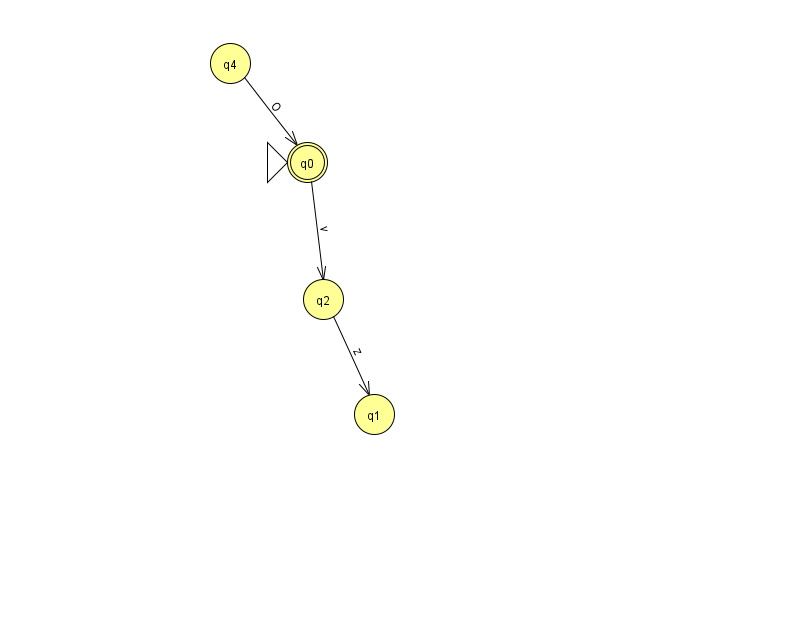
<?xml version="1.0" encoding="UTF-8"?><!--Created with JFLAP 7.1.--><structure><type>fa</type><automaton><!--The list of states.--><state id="0" name="q0"><x>307.0</x><y>149.0</y><initial/><final/></state><state id="1" name="q1"><x>374.0</x><y>401.0</y></state><state id="2" name="q2"><x>323.0</x><y>286.0</y></state><state id="3" name="q3"><x>861.0</x><y>130.0</y></state><state id="4" name="q4"><x>230.0</x><y>50.0</y></state><!--The list of transitions.--><transition><from>3</from><to>3</to><read>P</read></transition><transition><from>2</from><to>1</to><read>z</read></transition><transition><from>0</from><to>2</to><read>v</read></transition><transition><from>4</from><to>0</to><read>O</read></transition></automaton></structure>